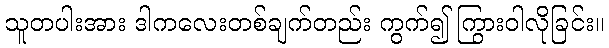
သူတပါးအား ဒါကလေးတစ်ချက်တည်း ကွက်၍ ကြွားဝါလိုခြင်း။